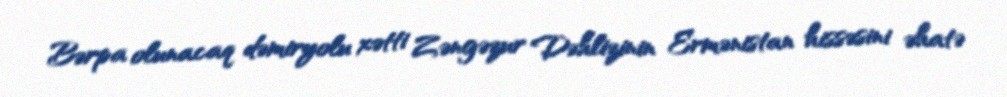
Bərpa olunacaq dəmiryolu xətti Zəngəzur Dəhlizinin Ermənistan hissəsini əhatə